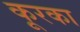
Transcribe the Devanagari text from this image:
कूरका